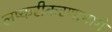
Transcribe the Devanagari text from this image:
लष्करीकरणामागे